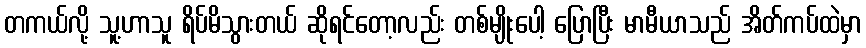
တကယ်လို့ သူ့ဟာသူ ရိပ်မိသွားတယ် ဆိုရင်တော့လည်း တစ်မျိုးပေါ့ ပြောပြီး မာမီယာသည် အိတ်ကပ်ထဲမှာ